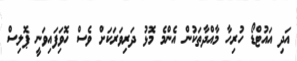
އަދި އައުޓްޑޯ ހުރިހާ މާއްދާތަކުން އެންމެ މޮޅު ދަރިވަރަކަށް ވެސް ހޮވިަފައިވަނީ ޕޮލިސް